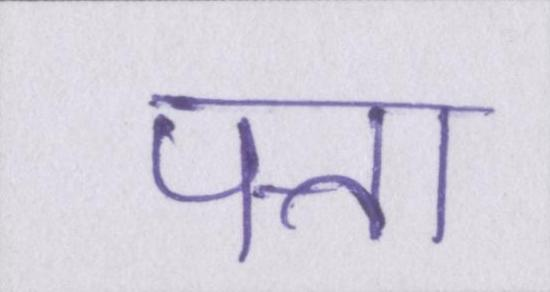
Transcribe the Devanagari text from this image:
पत्ता